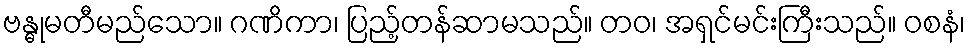
ဗန္ဓုမတီမည်သော။ ဂဏိကာ၊ ပြည့်တန်ဆာမသည်။ တဝ၊ အရှင်မင်းကြီးသည်။ ဝစနံ၊